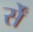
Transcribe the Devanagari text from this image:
र्सें